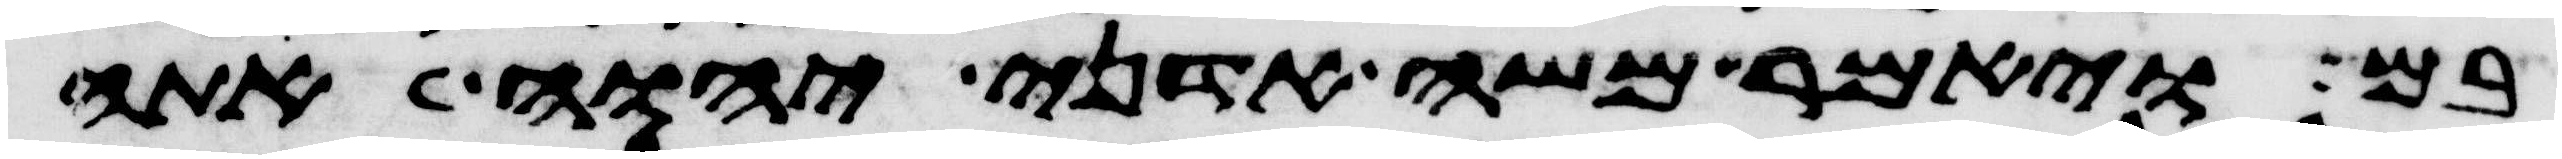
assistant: בם ויאמר משה אדני יהוה אתה